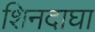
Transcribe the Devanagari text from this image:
शिनदाघा